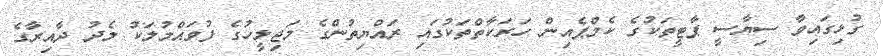
ގުޅިގައިވާ ސިޔާސީ ޕާޓީތަކުގެ ކެމްޕެއިން ހަރަކާތްތަކުގައި ރައްޔިތުންގެ މަޖިލީހުގެ ފުވައްމުލަކު މެދު ދާއިރާގެ